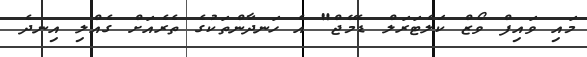
މައި ވައިފް ވޯޒް ކަލެޓަރަލް ޑެމޭޖް" އެ ހަނދާންތަކުގެ ތެރެއަށް ގެއްލި އިނދެ